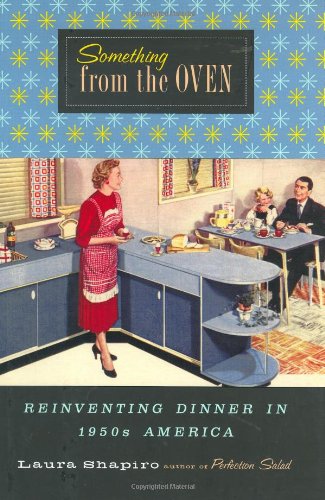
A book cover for Something from the Oven: Reinventing Dinner in 1950s America; Laura Shapiro; Politics & Social Sciences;